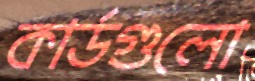
কার্ডগুলো